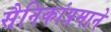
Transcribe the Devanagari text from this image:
सैनिकांप्रमाने